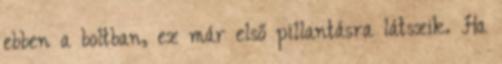
ebben a boltban, ez már első pillantásra látszik. Ha